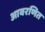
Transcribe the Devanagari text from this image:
आवरणित